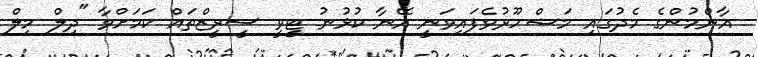
އާންމުންގެ މެދުގައި މަޝްހޫރުވެފައިވަނީ އޭނާ ކުޅުނު ޓީވީ ސީރީޒްތައް ކަމަށްވާ "ދިލް މިލް